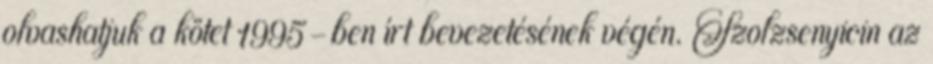
olvashatjuk a kötet 1995-ben írt bevezetésének végén. Szolzsenyicin az